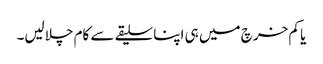
یا کم خرچ میں ہی اپنا سلیقے سے کام چلالیں۔